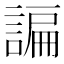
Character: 諞